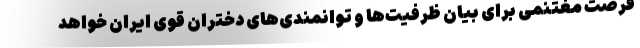
فرصت مغتنمی برای بیان ظرفیت‌ها و توانمندی‌های دختران قوی ایران خواهد